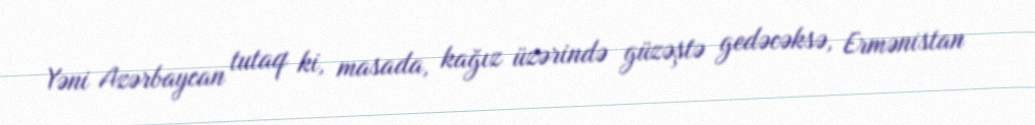
Yəni Azərbaycan tutaq ki, masada, kağız üzərində güzəştə gedəcəksə, Ermənistan